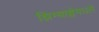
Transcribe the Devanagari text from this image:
झिम्बाब्वेमधले